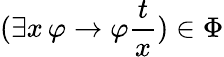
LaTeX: (\exists x\, \varphi\to\varphi{\frac{t}{x}})\in\Phi